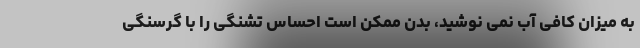
به میزان کافی آب نمی نوشید، بدن ممکن است احساس تشنگی را با گرسنگی